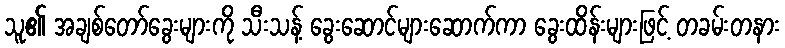
သူ၏ အချစ်တော်ခွေးများကို သီးသန့် ခွေးဆောင်များဆောက်ကာ ခွေးထိန်းများဖြင့် တခမ်းတနား